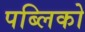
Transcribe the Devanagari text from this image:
पब्लिको